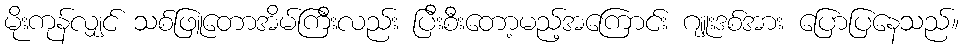
မိုးကုန်လျှင် သစ်ဖြူတောအိမ်ကြီးလည်း ပြီးစီးတော့မည့်အကြောင်း ဂျူးဒစ်အား ပြောပြနေသည်။